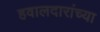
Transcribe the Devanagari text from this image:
हवालदारांच्या